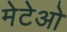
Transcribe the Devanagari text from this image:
मेटेओ